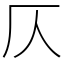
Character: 仄